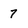
Character: 7